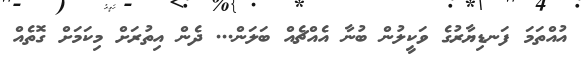
އުއްތަމަ ފަނޑިޔާރުގެ ވަކީލުން ބުނާ އެއްޗެއް ބަލަން... ދެން އިތުރަށް މިކަމަށް ގޮތެއް